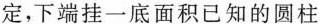
定，下端挂一底面积已知的圆柱